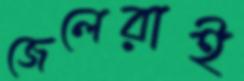
জেলেরাই